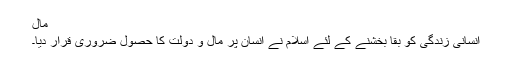
مال
انسانی زندگی کو بقا بخشنے کے لئے اسلام نے انسان پر مال و دولت کا حصول ضروری قرار دیا۔